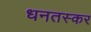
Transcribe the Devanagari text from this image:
धनतस्कर